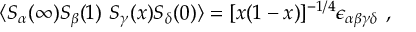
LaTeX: \langle S _ { \alpha } ( \infty ) S _ { \beta } ( 1 ) \ S _ { \gamma } ( x ) S _ { \delta } ( 0 ) \rangle = [ x ( 1 - x ) ] ^ { - 1 / 4 } \epsilon _ { \alpha \beta \gamma \delta } \ ,